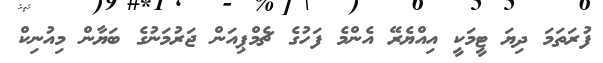
ފުރަތަމަ ދިޔަ ޓީމަކީ އިއްޔެރޭ އެންމެ ފަހުގެ ޗެމްޕިއަން ޖަރުމަނުގެ ބަޔާން މިއުނިކް